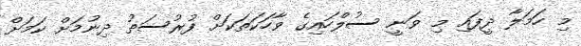
މި ހަމަލާ ދީފައި މި ވަނީ ސުލްހައިގެ ވާހަކަތަކަށް ފުރުސަތު ދިނުމަށް ކަމަށް